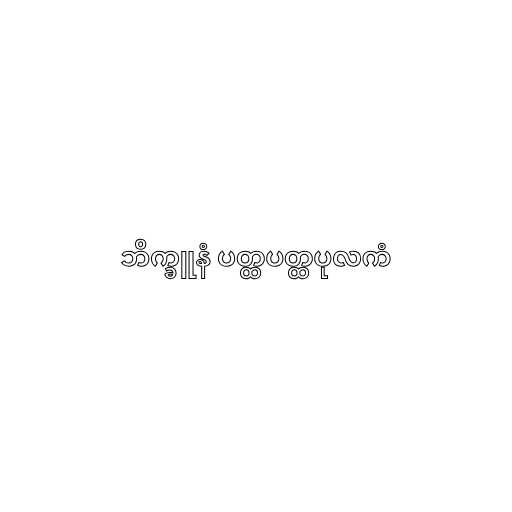
ဘိက္ခူနံ ပတ္ထပတ္ထပုလကံ